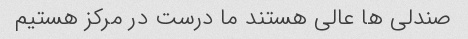
صندلی ها عالی هستند ما درست در مرکز هستیم